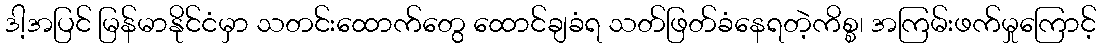
ဒါ့အပြင် မြန်မာနိုင်ငံမှာ သတင်းထောက်တွေ ထောင်ချခံရ သတ်ဖြတ်ခံနေရတဲ့ကိစ္စ၊ အကြမ်းဖက်မှုကြောင့်